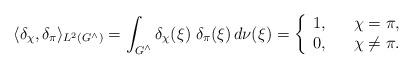
LaTeX: \begin{align*} \langle \delta_\chi, \delta_\pi \rangle_{L^2(G^\wedge)} = \int_{G^\wedge} \delta_\chi(\xi) \; \delta_\pi(\xi) \, d\nu(\xi)= \left\{\begin{array}{ccl}1, & & \chi = \pi, \\0, & & \chi \not= \pi.\end{array} \right.\end{align*}